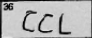
Transcription: CCL